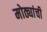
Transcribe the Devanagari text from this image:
मोठ्यांची